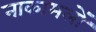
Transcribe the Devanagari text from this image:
नाकामलों